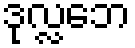
ဒုလ္လဘေ